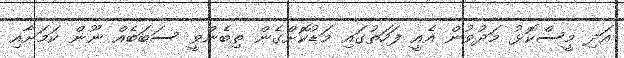
އަދި މީސްކޮޅު މަދުވުން އެއީ ފަހަތުގައި މަޑުކޮށްގެން ތިބެންވީ ސަބަބެއް ނޫން ކަމަށާއި